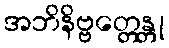
အဘိနိဗ္ဗတ္တေန္တု